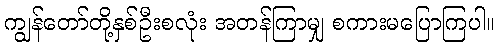
ကျွန်တော်တို့နှစ်ဦးစလုံး အတန်ကြာမျှ စကားမပြောကြပါ။